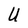
Character: U